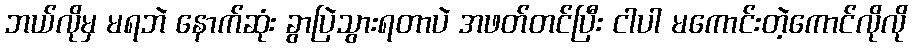
ဘယ်လိုမှ မရဘဲ နောက်ဆုံး ခွာပြဲသွားရတာပဲ အဖတ်တင်ပြီး ငါပါ မကောင်းတဲ့ကောင်လိုလို